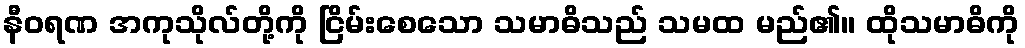
နီဝရဏ အကုသိုလ်တို့ကို ငြိမ်းစေသော သမာဓိသည် သမထ မည်၏။ ထိုသမာဓိကို